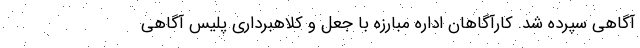
آگاهی سپرده شد. کارآگاهان اداره مبارزه با جعل و کلاهبرداری پلیس آگاهی